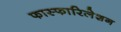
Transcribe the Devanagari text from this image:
फास्फारिलेशन